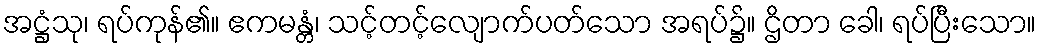
အဋ္ဌံသု၊ ရပ်ကုန်၏။ ဧကမန္တံ၊ သင့်တင့်လျောက်ပတ်သော အရပ်၌။ ဌိတာ ခေါ၊ ရပ်ပြီးသော။